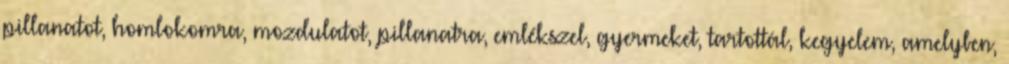
pillanatot, homlokomra, mozdulatot, pillanatra, emlékszel, gyermeket, tartottál, kegyelem, amelyben,